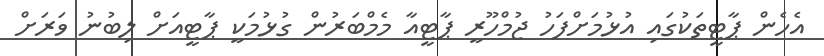
އެހެން ޕާޓީތަކުގައި އުޅުމަށްފަހު ޖުމްހޫރީ ޕާޓީއާ މެމްބަރުން ގުޅުމަކީ ޕާޓީއަށް ލިބުނު ވަރަށް